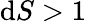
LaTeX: \mathrm{d}S>1